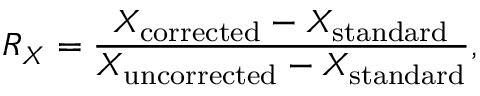
R _ { X } = \frac { X _ { \mathrm { c o r r e c t e d } } - X _ { \mathrm { s t a n d a r d } } } { X _ { \mathrm { u n c o r r e c t e d } } - X _ { \mathrm { s t a n d a r d } } } ,